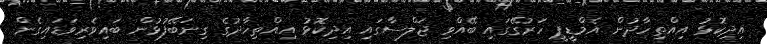
އިދިކޮޅު އިއްތިހާދުން އެމްޑީޕީ ހަރުގޭގައި ބޭއްވި ޖަލްސާގައި އިދިކޮޅު އިއްތިހާދުގެ ގިނަބޭފުޅުން ބައިވެރިވަޑައިގެން